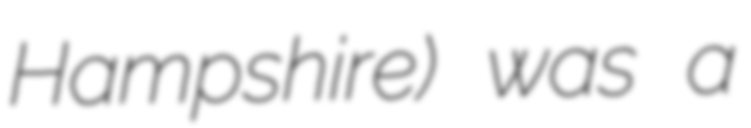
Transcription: Hampshire) was a